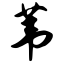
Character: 苇